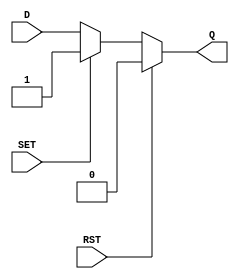
module async_register (
    input wire D,      // Data Input
    input wire SET,    // Asynchronous Set
    input wire RST,    // Asynchronous Reset
    output reg Q       // Data Output
);

// Always block to handle asynchronous behavior
always @(*) begin
    if (RST) begin
        Q = 1'b0;      // Reset output to low
    end else if (SET) begin
        Q = 1'b1;      // Set output to high
    end else begin
        Q = D;         // Capture data input
    end
end

endmodule